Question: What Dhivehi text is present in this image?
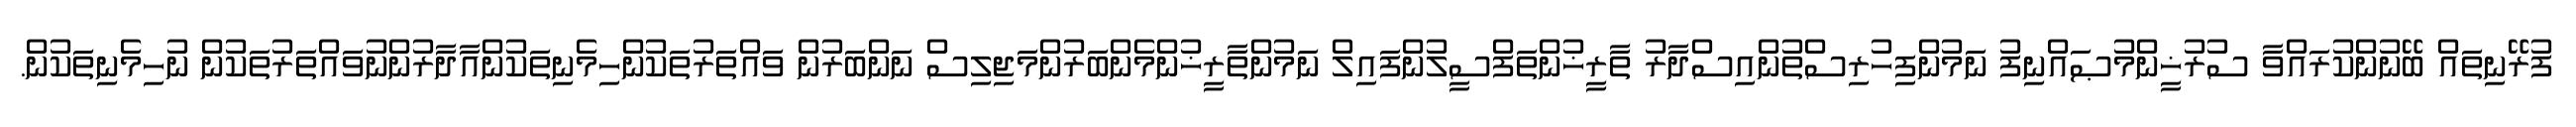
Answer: ފުރޭނިތައް ބޭނުންކުރައްވާ ސުރުޚީންމުޞައްނިފު ނަމުންފިހުރިސްތުންއިސްދާރު ތާރީޚުންތަފްސީލުންފައިލް ނަމުންތާރީޚުންމެންބަރުންމަޖިލިސް ނަންބަރުން ވައްތަރުތަކުންހިމެނިތަކުންއާދާރުންނުވައްތަރުތަކުން ނުހިމެނިތަކުން.